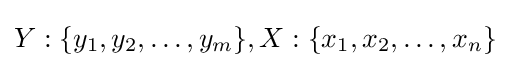
Y:\{y_{1},y_{2},\ldots ,y_{m}\},X:\{x_{1},x_{2},\ldots ,x_{n}\}